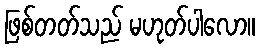
ဖြစ်တတ်သည် မဟုတ်ပါလော။